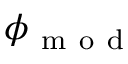
\phi _ { \mathrm { ~ m ~ o ~ d ~ } }